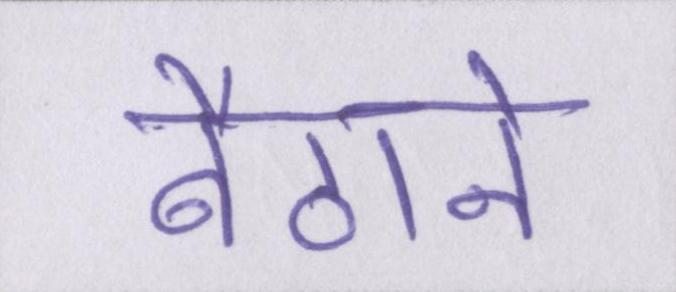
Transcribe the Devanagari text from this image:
बैठाने